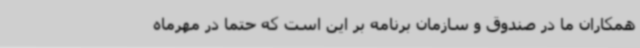
همکاران ما در صندوق و سازمان برنامه بر این است که حتما در مهرماه